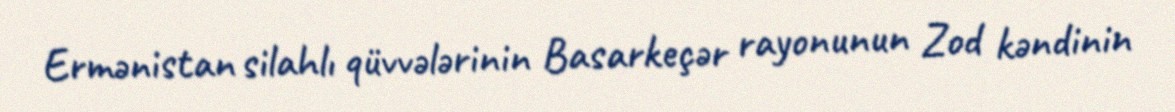
Ermənistan silahlı qüvvələrinin Basarkeçər rayonunun Zod kəndinin